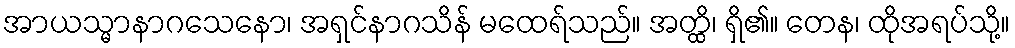
အာယသ္မာနာဂသေနော၊ အရှင်နာဂသိန် မထေရ်သည်။ အတ္ထိ၊ ရှိ၏။ တေန၊ ထိုအရပ်သို့။